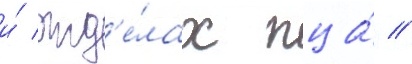
и́ отд'е́лах пца́ //